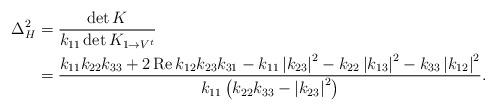
LaTeX: \begin{align*}\Delta_{H}^{2} & =\frac{\det K}{k_{11}\det K_{1\rightarrow V^{t}}}\\& =\frac{k_{11}k_{22}k_{33}+2\operatorname{Re}k_{12}k_{23}k_{31}-k_{11}\left\vert k_{23}\right\vert ^{2}-k_{22}\left\vert k_{13}\right\vert^{2}-k_{33}\left\vert k_{12}\right\vert ^{2}}{k_{11}\left( k_{22}k_{33}-\left\vert k_{23}\right\vert ^{2}\right) }.\end{align*}